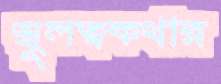
স্থূলত্বকথার